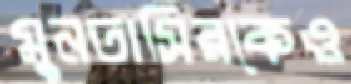
মুনতাসিরকেও